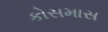
કોસમાસ